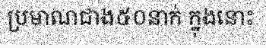
ប្រមាណជាង៥០នាក់ ក្នុងនោះ